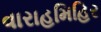
વારાહમિહિર